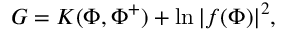
G = K ( \Phi , \Phi ^ { + } ) + \ln | f ( \Phi ) | ^ { 2 } ,